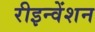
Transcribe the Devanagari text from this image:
रीइन्वेंशन